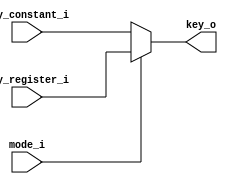
module key_select (
	input mode_i,
	input [1023:0] key_register_i,
	input [1023:0] key_constant_i,
	
	output [1023:0] key_o
    );

reg [1023:0] key;

assign key_o = key;

always @(*) begin
	if (mode_i) // Output Mode
	begin
		key[1023:0] = key_register_i[1023:0];
	end else begin // Message Mode
		key[1023:0] = key_constant_i[1023:0];
	end
end

endmodule